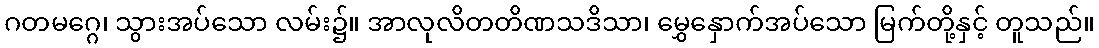
ဂတမဂ္ဂေ၊ သွားအပ်သော လမ်း၌။ အာလုလိတတိဏသဒိသာ၊ မွှေနှောက်အပ်သော မြက်တို့နှင့် တူသည်။